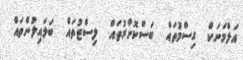
އަލްމަނަކް  ގިސްމުތައް  ބަސްކޮށާރުތައް  ލިސްޓުތައް  ބަލައިލުންތައް